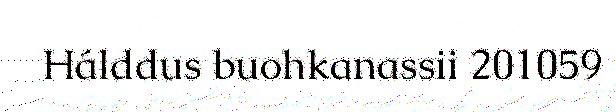
Hálddus buohkanassii 201059